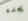
يجده